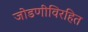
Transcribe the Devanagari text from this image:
जोडणीविरहित